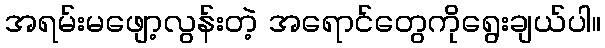
အရမ်းမဖျော့လွန်းတဲ့ အရောင်တွေကိုရွေးချယ်ပါ။